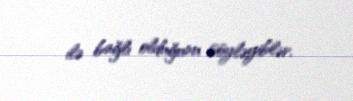
ilə bağlı olduğunu söyləyiblər.